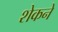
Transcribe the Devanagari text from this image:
शेकने